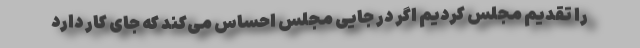
را تقدیم مجلس کردیم اگر در جایی مجلس احساس می‌کند که جای کار دارد